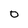
Character: 0